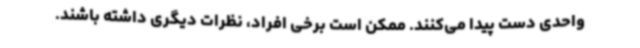
واحدی دست پیدا می‌کنند. ممکن است برخی افراد، نظرات دیگری داشته باشند.